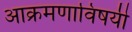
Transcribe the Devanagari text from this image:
आक्रमणाविषयी